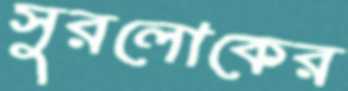
সুরলোকের